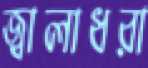
জ্বালাধরা